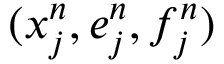
( x _ { j } ^ { n } , e _ { j } ^ { n } , f _ { j } ^ { n } )